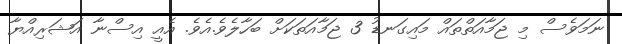
ނަމަވެސް މި ޖަމާއަތްތައް މައިގަނޑު 3 ޖަމާއަތަކަށް ބަހާލެވެ.އެވެ. އެއީ އިސްނާ އަޝަރިއްޔާ